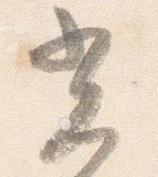
光